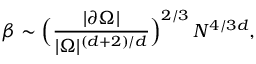
\beta \sim \Big ( \frac { | \partial \Omega | } { | \Omega | ^ { ( d + 2 ) / d } } \Big ) ^ { 2 / 3 } \, N ^ { 4 / 3 d } ,